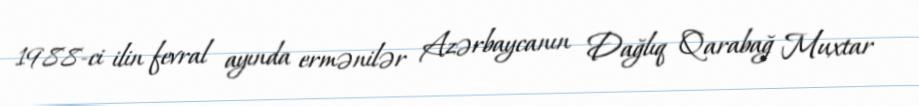
1988-ci ilin fevral ayında ermənilər Azərbaycanın Dağlıq Qarabağ Muxtar